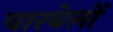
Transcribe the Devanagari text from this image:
बारबेलों